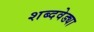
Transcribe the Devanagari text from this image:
शब्दवेड्या